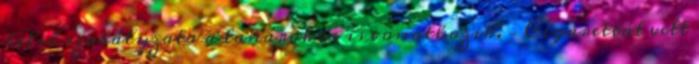
belső szabályzata a tanárokra is vonatkozik. – Cigarettát vett